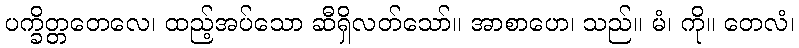
ပက္ခိတ္တတေလေ၊ ထည့်အပ်သော ဆီရှိလတ်သော်။ အာစာဟေ၊ သည်။ မံ၊ ကို။ တေလံ၊